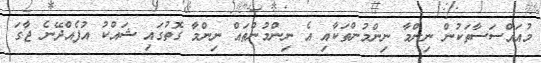
މުއައްސަސާތަކުން ނިންމާ ނިންމުންތަކާއި އެ ނިންމުންތައް ނިންމާ ގޮތުގައި ޝައްކު އުފެއްދޭނެ ޖާގަ